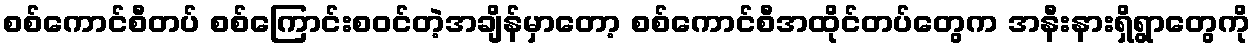
စစ်ကောင်စီတပ် စစ်ကြောင်းစဝင်တဲ့အချိန်မှာတော့ စစ်ကောင်စီအထိုင်တပ်တွေက အနီးနားရှိရွာတွေကို